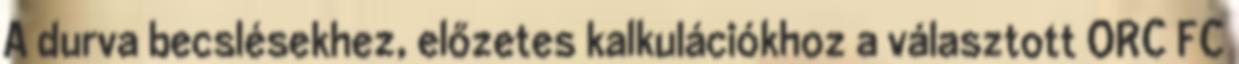
A durva becslésekhez, előzetes kalkulációkhoz a választott ORC FC